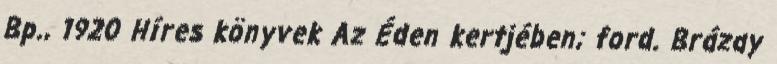
Bp., 1920 Híres könyvek Az Éden kertjében; ford. Brázay